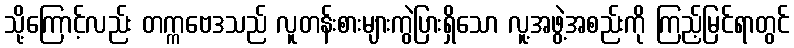
သို့ကြောင့်လည်း တက္ကဗေဒသည် လူတန်းစားများကွဲပြားရှိသော လူ့အဖွဲ့အစည်းကို ကြည့်မြင်ရာတွင်